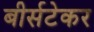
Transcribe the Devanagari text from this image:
बीर्सटेकर